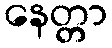
နေတ္တာ